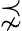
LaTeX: \precnsim